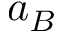
a _ { B }